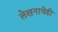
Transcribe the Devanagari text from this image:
लेखनाचेही